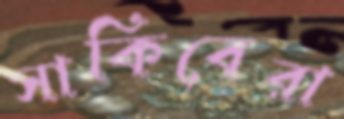
সাকিবেরা